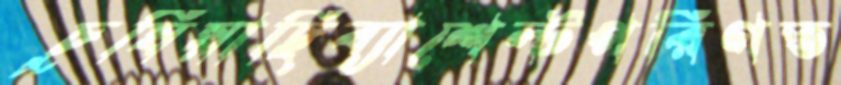
চুষিয়াছিব্যাশেল্টপরিণত